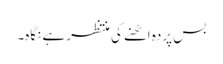
بس پردہ اٹھنے کی منتظر ہے نگاہ۔